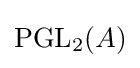
\operatorname {PGL} _{2}(A)